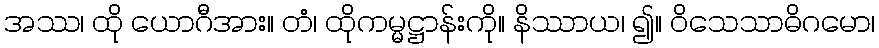
အဿ၊ ထို ယောဂီအား။ တံ၊ ထိုကမ္မဋ္ဌာန်းကို။ နိဿာယ၊ ၍။ ဝိသေသာဓိဂမော၊